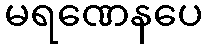
မရဏေနပေ